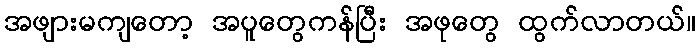
အဖျားမကျတော့ အပူတွေကန်ပြီး အဖုတွေ ထွက်လာတယ်။